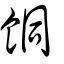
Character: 餇